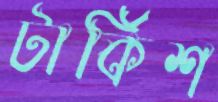
টার্কিশ